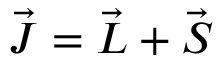
\vec { \boldsymbol { J } } = \vec { \boldsymbol { L } } + \vec { \boldsymbol { S } }